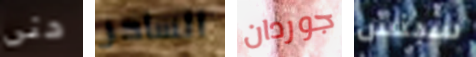
حتى الساحر جوردان سبنس